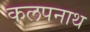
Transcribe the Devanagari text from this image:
कलपनाथ